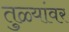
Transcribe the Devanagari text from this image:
तुळ्यांवर